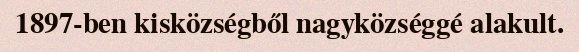
1897-ben kisközségből nagyközséggé alakult.